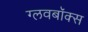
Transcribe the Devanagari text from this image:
ग्लवबॉक्स